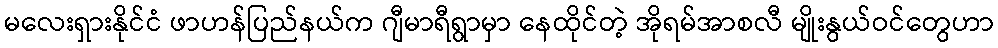
မလေးရှားနိုင်ငံ ဖာဟန်ပြည်နယ်က ဂျီမာရီရွာမှာ နေထိုင်တဲ့ အိုရမ်အာစလီ မျိုးနွယ်ဝင်တွေဟာ